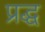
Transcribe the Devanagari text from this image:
प्रद्ध